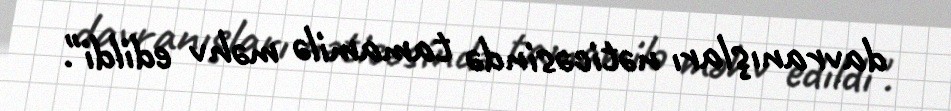
davranışları nəticəsində tamamilə məhv edildi".